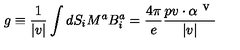
g \equiv \frac { 1 } { | v | } \int d S _ { i } M ^ { a } B _ { i } ^ { a } = \frac { 4 \pi } { e } \frac { p v \cdot \alpha ^ { \textrm { v } } } { | v | }